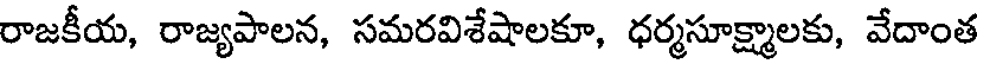
రాజకీయ, రాజ్యపాలన, సమరవిశేషాలకూ, ధర్మసూక్ష్మాలకు, వేదాంత